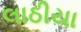
લાઠીયા